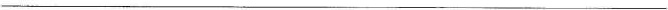
___